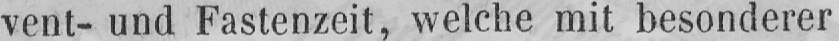
vent- und Fastenzeit, welche mit besonderer